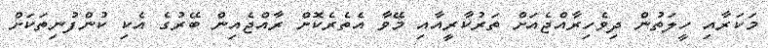
މަކަރާއި ހީލަތުން ދިވެހިރާއްޖެއަށް ތަރުކާރީއާއި މޭވާ އެތެރެކޮށް ރާއްޖެއިން ބޭރުގެ އެކި ކުންފުނިތަކަށް